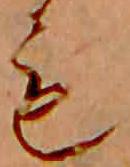
も